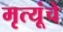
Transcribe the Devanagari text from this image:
मृत्यूंचे